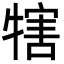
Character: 犗